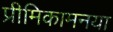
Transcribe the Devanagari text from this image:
प्रीमिकामनया